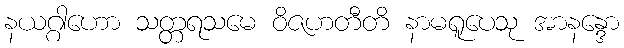
နယဂ္ဂါဟော သတ္တရသမေ ဝိဇဟတီတိ နာမရူပေသု အာနန္ဒော